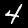
Label: 4